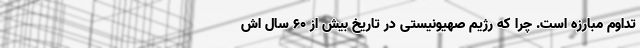
تداوم مبارزه است. چرا که رژیم صهیونیستی در تاریخ بیش از 60 سال اش